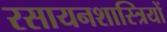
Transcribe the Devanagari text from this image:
रसायनशास्त्रियों